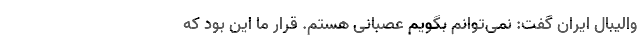
والیبال ایران گفت: نمی‌توانم بگویم عصبانی هستم. قرار ما این بود که